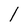
Character: l